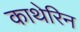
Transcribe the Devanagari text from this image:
काथेरिन